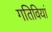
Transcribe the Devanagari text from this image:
गतिवियां